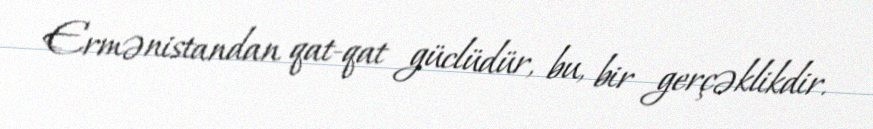
Ermənistandan qat-qat güclüdür, bu, bir gerçəklikdir.